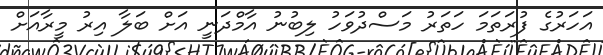
އަހަރުގެ ފުރަތަމަ ހަތަރު މަސްދުވަހު ލިބުނު އާމްދަނީ އަށް ބަލާ އިރު މީރާއަށް